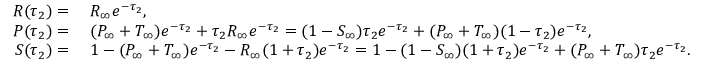
\begin{array} { r l } { R ( \tau _ { 2 } ) = } & { \; R _ { \infty } e ^ { - \tau _ { 2 } } , } \\ { P ( \tau _ { 2 } ) = } & { \; ( P _ { \infty } + T _ { \infty } ) e ^ { - \tau _ { 2 } } + \tau _ { 2 } R _ { \infty } e ^ { - \tau _ { 2 } } = ( 1 - S _ { \infty } ) \tau _ { 2 } e ^ { - \tau _ { 2 } } + ( P _ { \infty } + T _ { \infty } ) ( 1 - \tau _ { 2 } ) e ^ { - \tau _ { 2 } } , } \\ { S ( \tau _ { 2 } ) = } & { \; 1 - ( P _ { \infty } + T _ { \infty } ) e ^ { - \tau _ { 2 } } - R _ { \infty } ( 1 + \tau _ { 2 } ) e ^ { - \tau _ { 2 } } = 1 - ( 1 - S _ { \infty } ) ( 1 + \tau _ { 2 } ) e ^ { - \tau _ { 2 } } + ( P _ { \infty } + T _ { \infty } ) \tau _ { 2 } e ^ { - \tau _ { 2 } } . } \end{array}